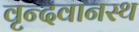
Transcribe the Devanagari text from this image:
वृन्दवानस्थ